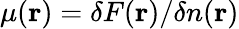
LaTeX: \mu(\mathbf{r})=\delta F(\mathbf{r})/\delta n(\mathbf{r})